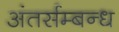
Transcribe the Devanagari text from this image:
अंतर्सम्बन्ध